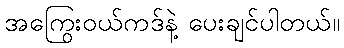
အကြွေးဝယ်ကဒ်နဲ့ ပေးချင်ပါတယ်။